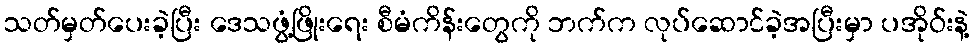
သတ်မှတ်ပေးခဲ့ပြီး ဒေသဖွံ့ဖြိုးရေး စီမံကိန်းတွေကို ဘက်က လုပ်ဆောင်ခဲ့အပြီးမှာ ပအိုဝ်းနဲ့